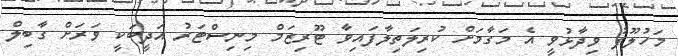
މަހުލޫފު ވިދާޅުވީ އެ މަގާމަށް ކުރިލަތިލާފައިވާ ޓޫރިޒަމް މިނިސްޓަރު އަދީބަކީ ވަރަށް ގާބިލް